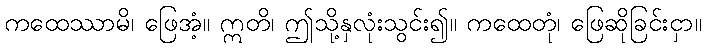
ကထေဿာမိ၊ ဖြေအံ့။ ဣတိ၊ ဤသို့နှလုံးသွင်း၍။ ကထေတုံ၊ ဖြေဆိုခြင်းငှာ။